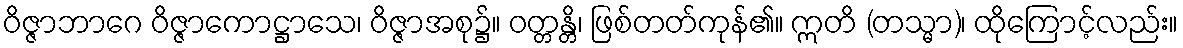
ဝိဇ္ဇာဘာဂေ ဝိဇ္ဇာကောဋ္ဌာသေ၊ ဝိဇ္ဇာအစု၌။ ဝတ္တန္တိ၊ ဖြစ်တတ်ကုန်၏။ ဣတိ (တသ္မာ)၊ ထိုကြောင့်လည်း။